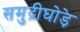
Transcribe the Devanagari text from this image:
समुद्रीघोड़े